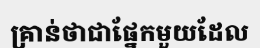
គ្រាន់ថាជាផ្នែកមួយដែល